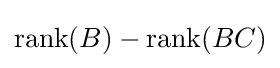
\operatorname {rank} (B)-\operatorname {rank} (BC)